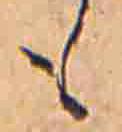
も